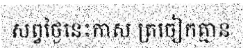
សព្វថ្ងៃនេះកាស ត្រចៀកគ្មាន